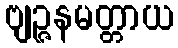
ဗျဉ္ဇနမတ္တာယ